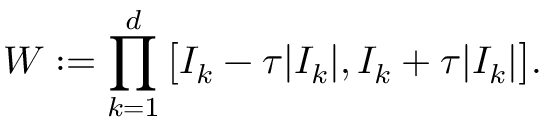
W : = \prod _ { k = 1 } ^ { d } \big [ I _ { k } - \tau | I _ { k } | , I _ { k } + \tau | I _ { k } | \big ] .